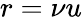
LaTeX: r=\nu u